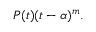
P ( t ) ( t - \alpha ) ^ { m } .